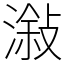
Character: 潊